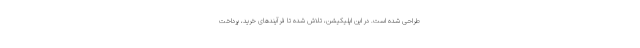
طراحی شده است. در این اپلیکیشن، تلاش شده تا فرآیندهای خرید، پرداخت